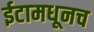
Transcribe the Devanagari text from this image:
ईटामधूनच